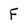
Character: F